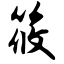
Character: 筱